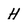
Character: H